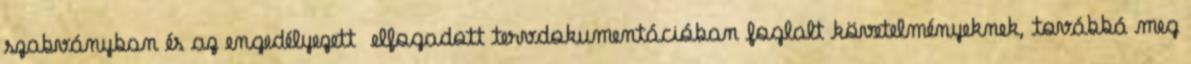
szabványban és az engedélyezett elfogadott tervdokumentációban foglalt követelményeknek, továbbá meg